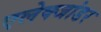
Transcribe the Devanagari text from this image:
एलेक्जांडर